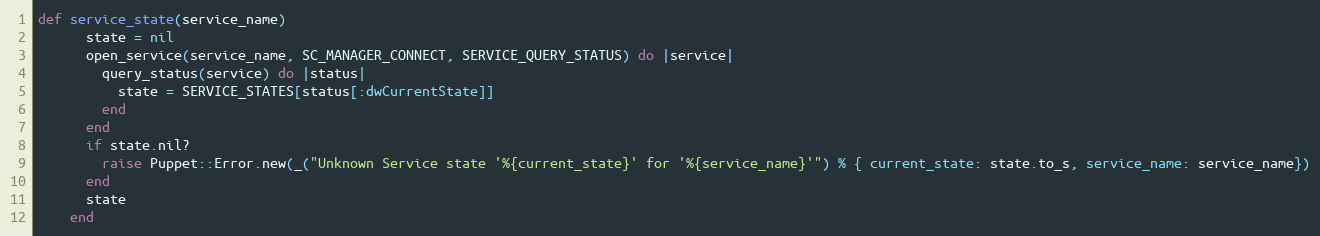
Language: Ruby
def service_state(service_name)
      state = nil
      open_service(service_name, SC_MANAGER_CONNECT, SERVICE_QUERY_STATUS) do |service|
        query_status(service) do |status|
          state = SERVICE_STATES[status[:dwCurrentState]]
        end
      end
      if state.nil?
        raise Puppet::Error.new(_("Unknown Service state '%{current_state}' for '%{service_name}'") % { current_state: state.to_s, service_name: service_name})
      end
      state
    end